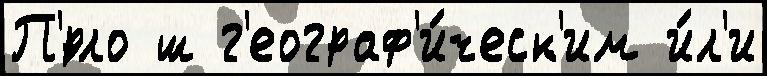
П'́рло ш г'еограф'и́ческ'им и́л'и